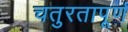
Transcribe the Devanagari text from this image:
चतुरतापूर्ण